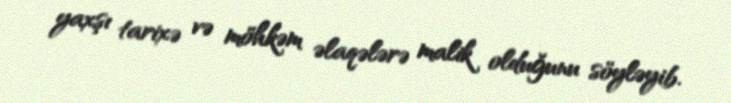
yaxşı tarixə və möhkəm əlaqələrə malik olduğunu söyləyib.